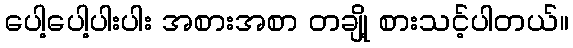
ပေါ့ပေါ့ပါးပါး အစားအစာ တချို့ စားသင့်ပါတယ်။